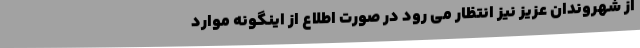
از شهروندان عزیز نیز انتظار می رود در صورت اطلاع از اینگونه موارد